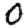
Digit: 0